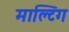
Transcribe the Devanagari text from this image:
माल्टिंग